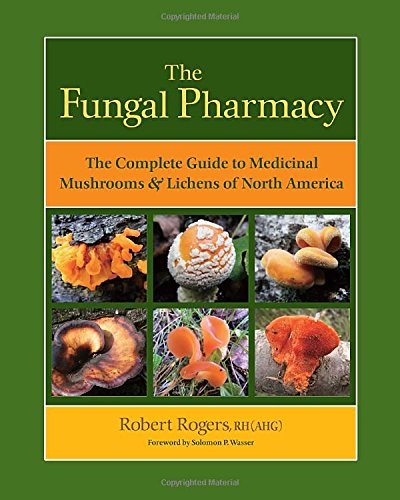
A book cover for The Fungal Pharmacy: The Complete Guide to Medicinal Mushrooms and Lichens of North America; Robert Rogers; Science & Math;